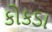
કોકડા